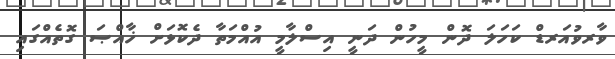
ވާރވުއަރޑް ކަހަލަ ދޮން މީހުން ދަނީ އިސްލާމީ އުއްމަތާ ދެކޮޅަށް ޚާއްޞަ ގޮތެއްގައި